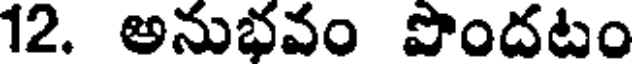
12. అనుభవం పొందటం